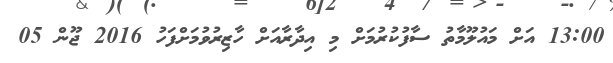
13:00 އަށް މައުލޫމާތު ސާފުކުރުމަށް މި އިދާރާއަށް ހާޒިރުވުމަށްފަހު 2016 ޖޫން 05